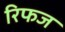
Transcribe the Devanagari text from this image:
रिफज